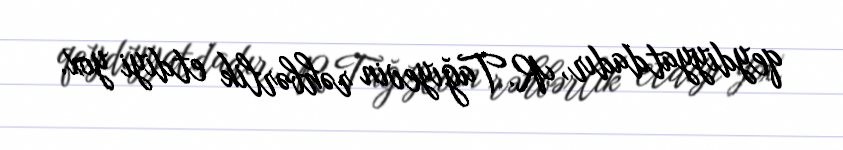
qeydiyyatdadır, R.Tağıyevin rəhbərlik etdiyi yox.